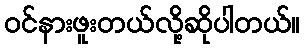
ဝင်နားဖူးတယ်လို့ဆိုပါတယ်။